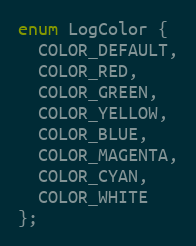
Language: C
enum LogColor {
  COLOR_DEFAULT,
  COLOR_RED,
  COLOR_GREEN,
  COLOR_YELLOW,
  COLOR_BLUE,
  COLOR_MAGENTA,
  COLOR_CYAN,
  COLOR_WHITE
};